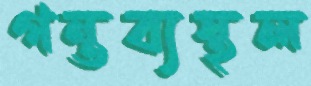
গন্তব্যস্থল